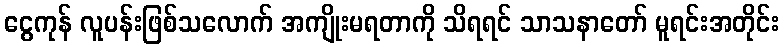
ငွေကုန် လူပန်းဖြစ်သလောက် အကျိုးမရတာကို သိရရင် သာသနာတော် မူရင်းအတိုင်း